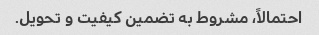
احتمالاً، مشروط به تضمین کیفیت و تحویل.